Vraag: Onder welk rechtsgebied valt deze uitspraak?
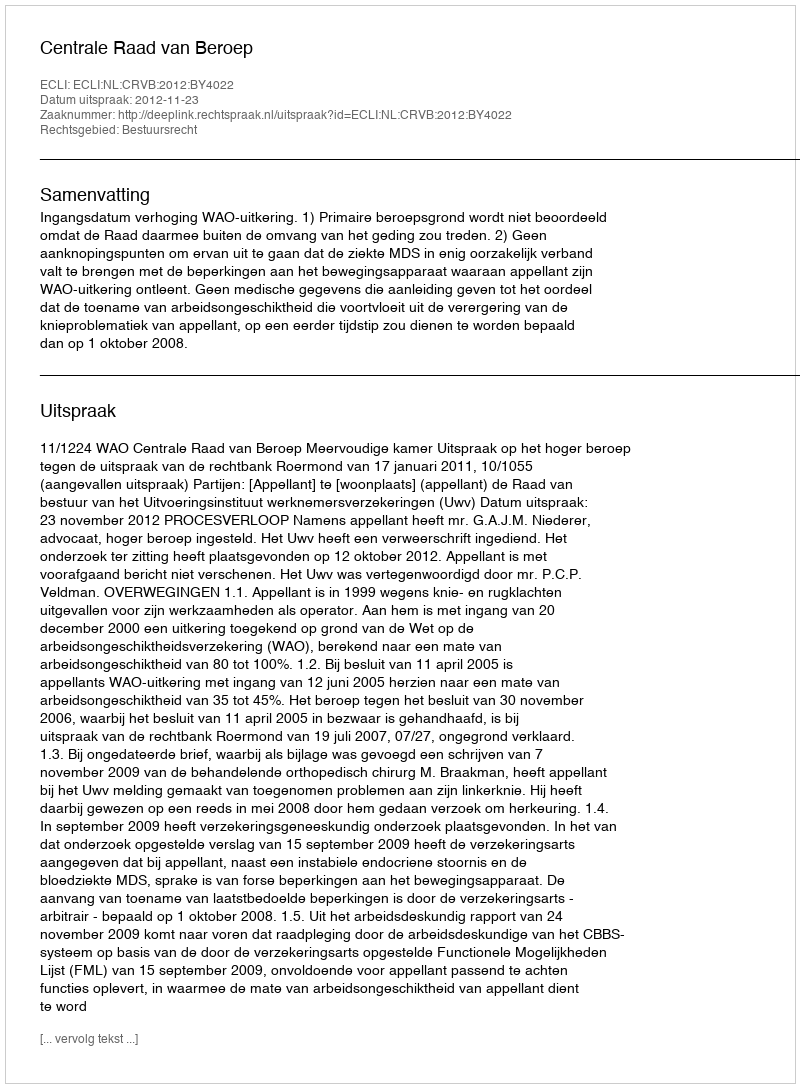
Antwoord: Bestuursrecht